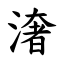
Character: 㵔